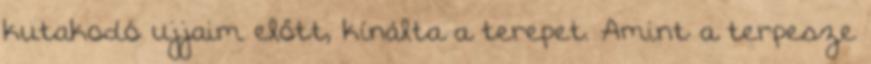
kutakodó ujjaim előtt, kínálta a terepet. Amint a terpesze